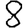
Digit: 8